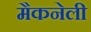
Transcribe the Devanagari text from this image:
मैकनेली